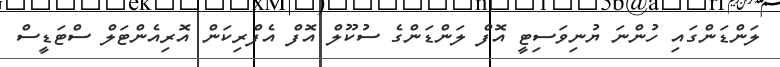
ލަންޑަންގައި ހުންނަ ޔުނިވަސިޓީ އޮފް ލަންޑަންގެ ސުކޫލް އޮފް އެފްރިކަން އޮރިއެންޓަލް ސްޓަޑީސް